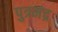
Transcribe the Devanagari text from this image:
पुत्रमंद्र